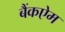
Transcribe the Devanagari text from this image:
बैंकऐम